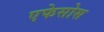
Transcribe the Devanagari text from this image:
एफेसोस